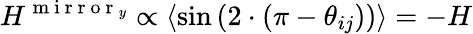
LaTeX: H^{\mathrm{~m~i~r~r~o~r~}_{y}}\propto\left<\sin{\left(2\cdot\left(\pi-\theta_{ij}\right)\right)}\right>=-H